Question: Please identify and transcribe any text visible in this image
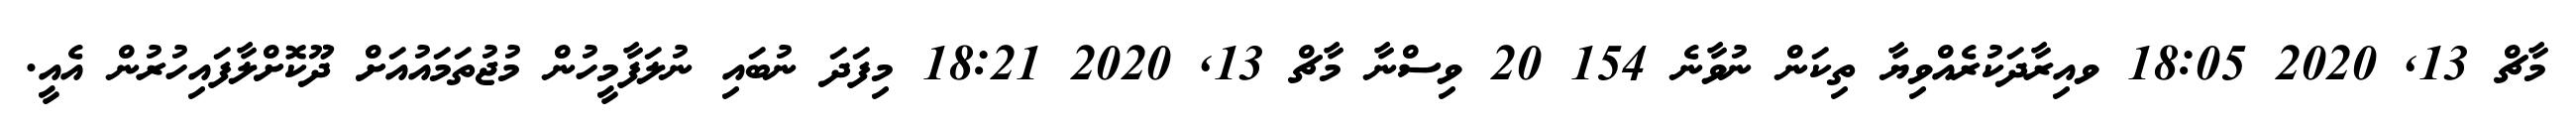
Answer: މާޗް 13, 2020 18:05 ވއިރާދަކުރެއްވިޔާ ތިކަން ނުވާނެ 154 20 ވިސްނާ މާޗް 13, 2020 18:21 މިފަދަ ނުބައި ނުލަފާމީހުން މުޖުތަމައުއަށް ދޫކޮށްލާފައިހުރުން އެއީ.